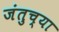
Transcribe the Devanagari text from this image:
जंतुच्या